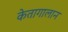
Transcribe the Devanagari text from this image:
केतागालान